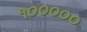
૧૦૦૦૦૦